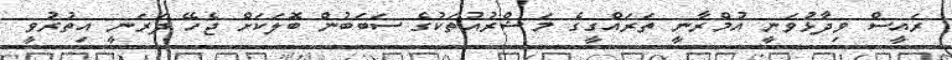
ރައީސް ވިދާޅުވަނީ އުމްރާނީ ތަރައްގީގެ މަޝްރުއުތަކުގެ ސަބަބުން ބޮލަކަށް ޖެހޭ ދަރަނީ އިތުރުވީ